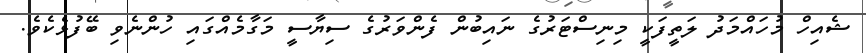
ޝެއިހް މުހައްމަދު ލަތީފަކީ މިނިސްޓަރުގެ ނައިބުން ފެންވަރުގެ ސިޔާސީ މަގާމެއްގައި ހުންނެވި ބޭފުޅެކެވެ.